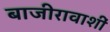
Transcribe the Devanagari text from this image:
बाजीरावाशीं